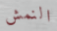
النمش